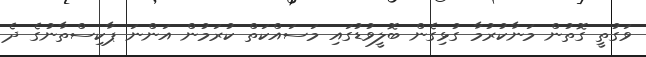
ވަގުތީ ގޮތުން މަނާކުރުމާ ގުޅިގެން ބޮލީވުޑުގައި މަސައްކަތް ކުރަމުން އަންނަ ޕާކިސްތާނުގެ ދެ